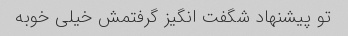
تو پیشنهاد شگفت انگیز گرفتمش خیلی خوبه